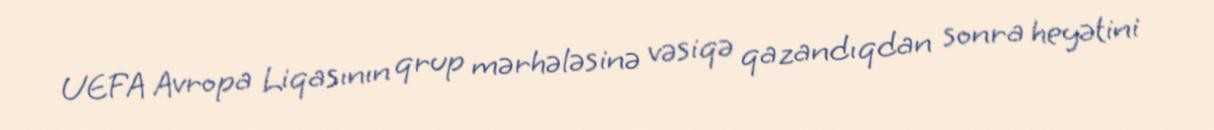
UEFA Avropa Liqasının qrup mərhələsinə vəsiqə qazandıqdan sonra heyətini